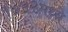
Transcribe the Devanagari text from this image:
१७५२मध्ये